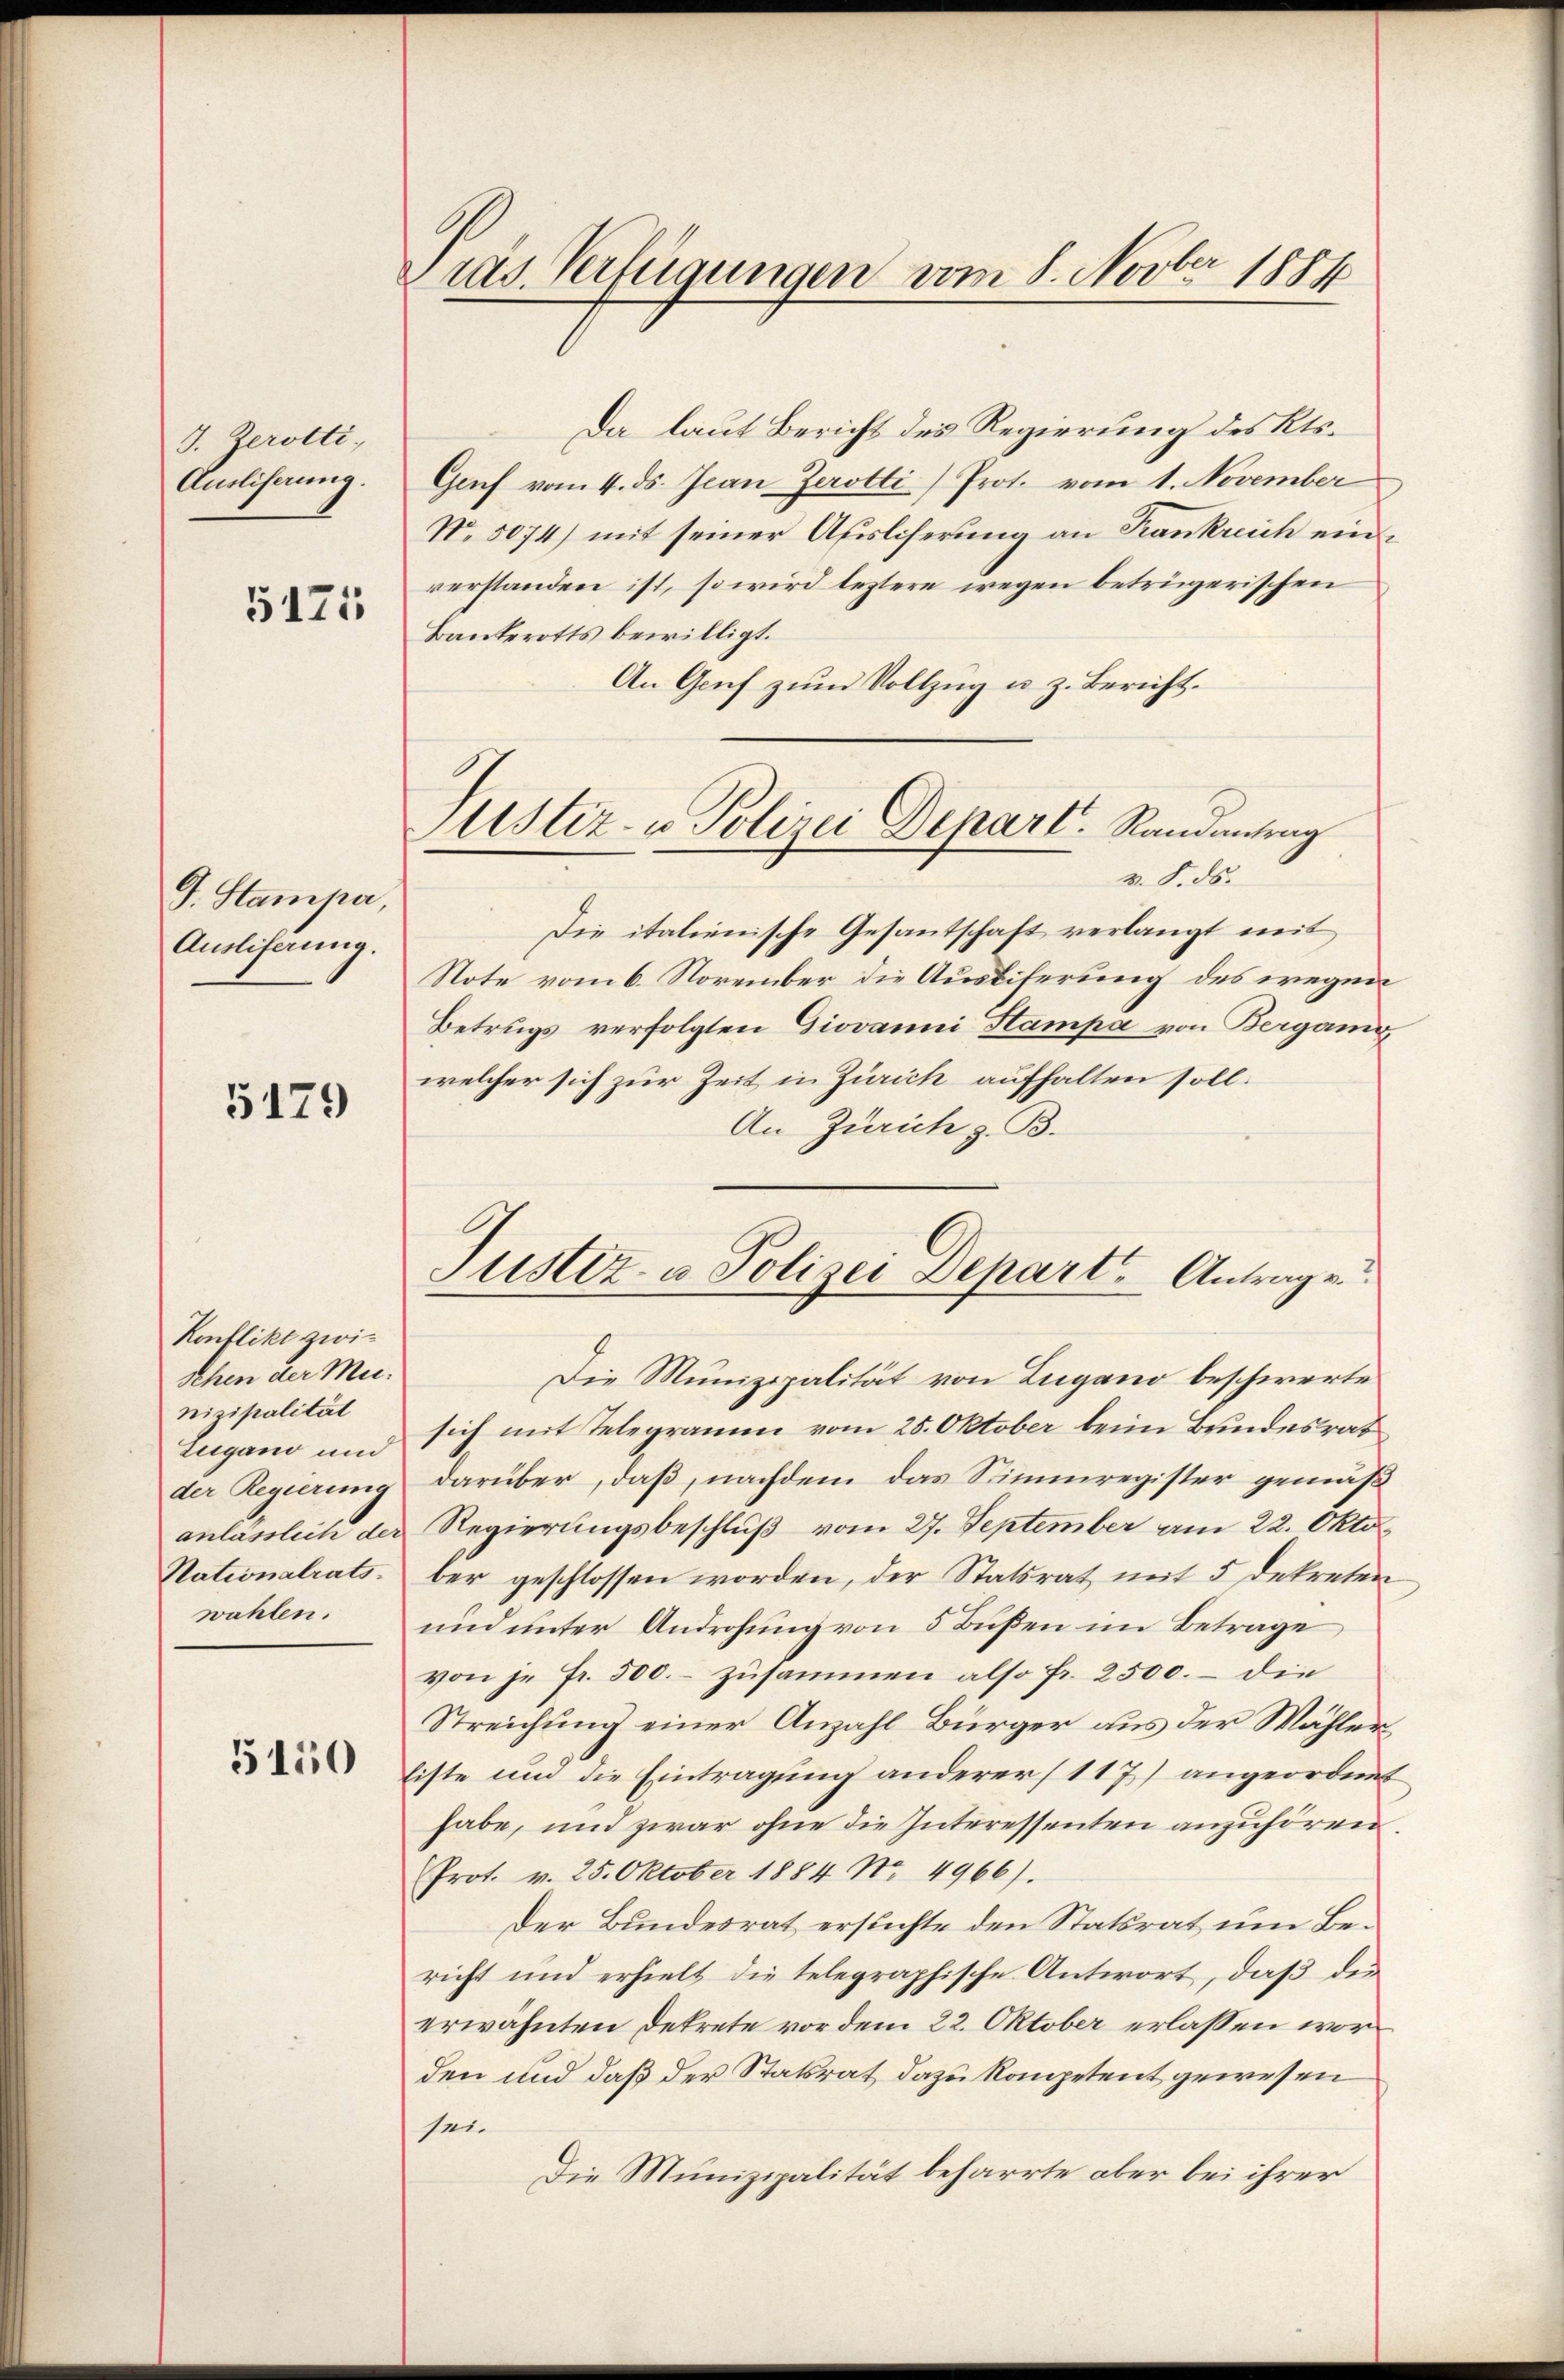
J. Zerotti,
Ausliserung.

5175

J. Stampa,
Auslieferung.

5179

Konflikt zwi¬
Schen der Munizipalität
Zugano und
der Regierung
anlässlich der
Nationalrats.

5150

ras. Verfügungen vom 8. Novber 1884

Da laut Bericht des Regierung des Kts.
Gruf vom 4. ds. Jean Zerotti) Prot. vom 1. November
No. 5074) mit seiner Ausliserung an Krankreich einverstanden ist, so wird leztere wegen betrügerischen
Bankerotts bewilligt.
An Genf zum Vollzug u. z. Bericht.
v. 8. ds.
Die italienische Gesantschaft verlangt mit
Note vom 6. November die Ausliferung des wegen
Betrugs verfolgten Giovanni Stampa von Berganis
welcher sich zur Zeit in Zürich aufhalten soll.
An Zürich z. B.
Die Munizipalität von Lugano beschwerte
sich mit Telegramm vom 25. Oktober beim Bundesrat
darüber, daß, nachdem das Stimmregister gemäß
Regierungsbeschluß vom 27. September am 22. Oktober geschlossen worden, der Statsrat mit 5 dekreten
wahlen. und unter Androhung von 5 Bußen im Betrage
von je Fr. 500.- zusammen also fr. 2500. – die
Streichung einer Anzahl Bürger aus der Wählerliste und die Eintragung anderer (117) angeordent
habe, und zwar ohne die Interessenten anzuhören
Prot. v. 25. Oktober 1884 No. 4966).
Der Bundesrat ersuchte den Statsrat um Bericht und erhielt die telegraphische Antwort, daß des
erwähnten Dekrete vor dem 22. Oktober erlassen worden und daß der Statsrat dazu kompetent gewesen
sei.
Die Munizipalität beharrte aber bei ihrer

Mstiz- u Polizei Depart. Randantrag

Justiz- u. Polizei Depart. Antrag v